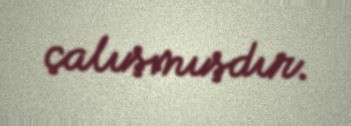
çalışmışdır.